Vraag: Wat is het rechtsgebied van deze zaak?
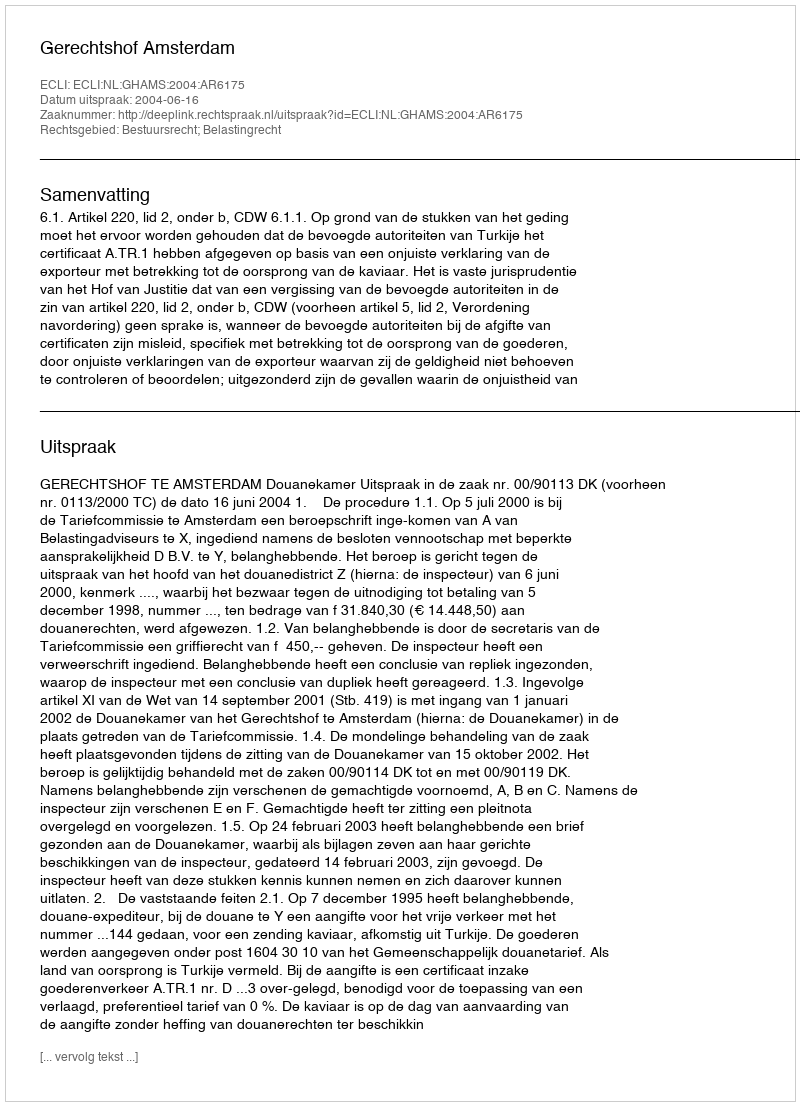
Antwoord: Bestuursrecht; Belastingrecht